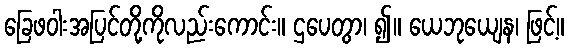
ခြေဖဝါးအပြင်တို့ကိုလည်းကောင်း။ ဌပေတွာ၊ ၍။ ယေဘုယျေန၊ ဖြင့်။